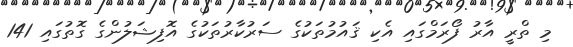
މި ތްރީ އާރު ފޯރަމްގައި އެކި ޤައުމުތަކުގެ ސަރުކާރުތަކުގެ އޮފިޝަލުންގެ ގޮތުގައި 141